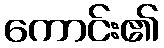
ကောင်း၏